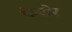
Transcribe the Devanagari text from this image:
फेदोर